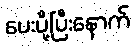
ပေးပို့ပြီးနောက်